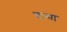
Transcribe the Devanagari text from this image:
चासा